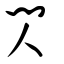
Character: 閃